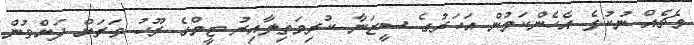
މެޗެއް ނުކުޅެ އެހެންކަމުން އަހަރުގެ ސީޒަނާ ކުރިމަތިލާއިރު ޓީމްގެ ރޫހު ވަރަށް ދަށްވުން